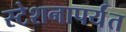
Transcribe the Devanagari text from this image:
स्टेशनापर्यंत